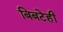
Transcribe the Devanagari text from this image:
बिबटेही